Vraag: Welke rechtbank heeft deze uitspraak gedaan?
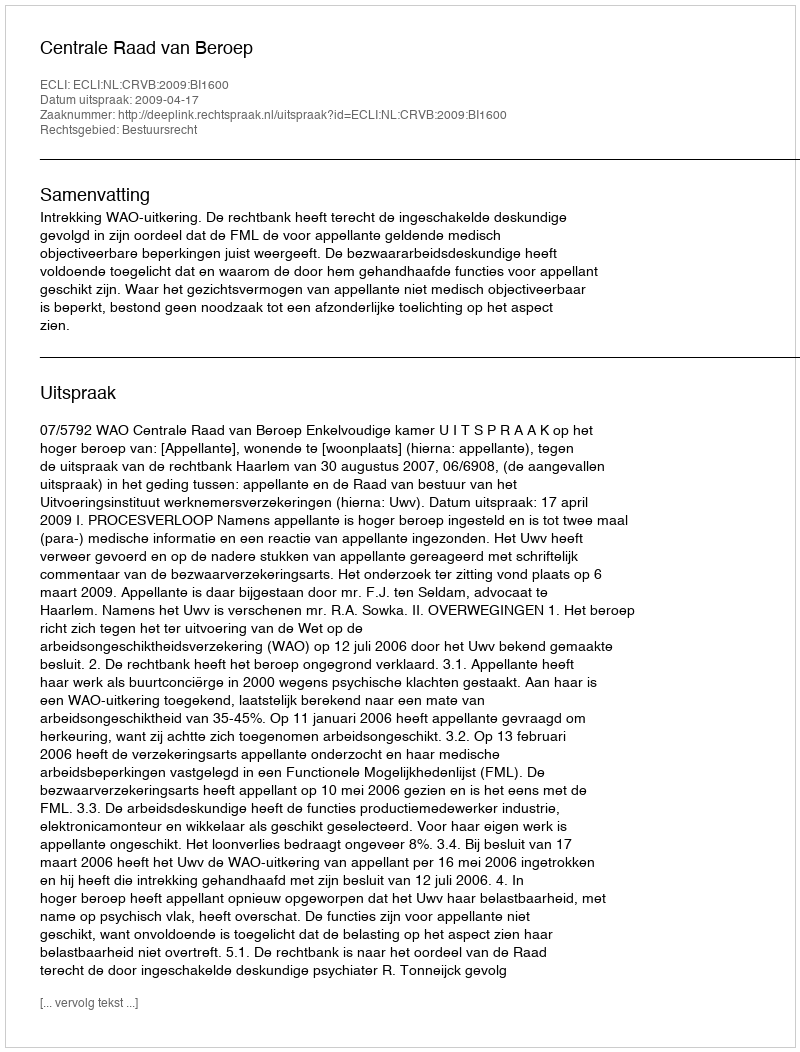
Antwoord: Centrale Raad van Beroep